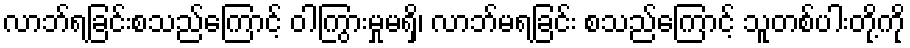
လာဘ်ရခြင်းစသည်ကြောင့် ဝါကြွားမှုမရှိ၊ လာဘ်မရခြင်း စသည်ကြောင့် သူတစ်ပါးတို့ကို